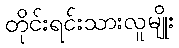
တိုင်းရင်းသားလူမျိုး